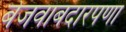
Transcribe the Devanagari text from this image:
बेजवाबदारपणा